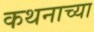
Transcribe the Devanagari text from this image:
कथनाच्या